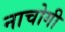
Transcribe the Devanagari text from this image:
नाचोगी